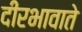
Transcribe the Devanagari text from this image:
दीरभावाते